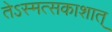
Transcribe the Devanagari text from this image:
तेऽस्मत्सकाशात्